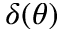
\delta ( \theta )